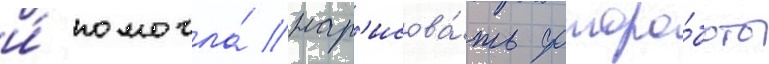
и́ помогла́ нар'исова́ть фоторо́боты